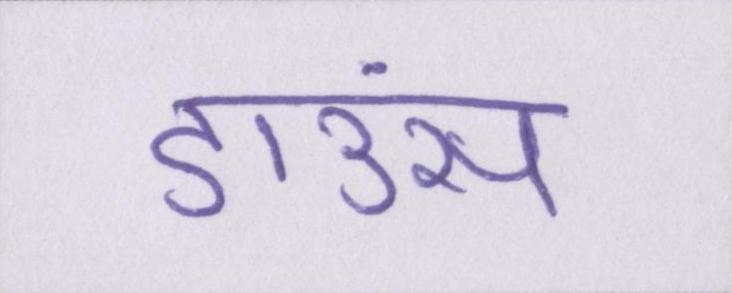
डाउंस